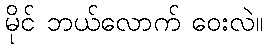
မိုင် ဘယ်လောက် ဝေးလဲ။